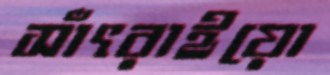
সাঁৎরাইয়ো